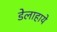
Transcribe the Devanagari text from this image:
डेलाहाये